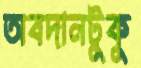
অবদানটুকু